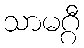
သာမဂ္ဂီ